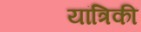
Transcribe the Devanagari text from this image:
यांत्रिकी